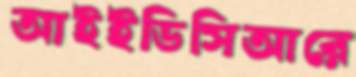
আইইডিসিআরে